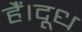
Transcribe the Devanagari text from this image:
हैं।दूध